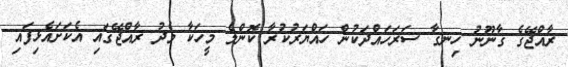
ރާއްޖޭގެ ގާނޫނު ހިނގާ ސަރަހައްދަކުން ހައްޔަރުކުރާ ކޮންމެ މީހަކާ މެދު ރާއްޖޭގައި އެކަށައެޅިފައި